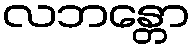
လဘန္တော